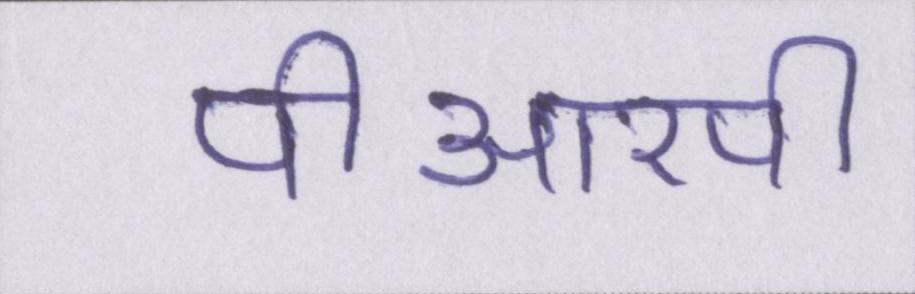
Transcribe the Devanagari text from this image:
पीआरपी